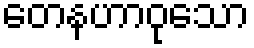
တေနဟာဝုသော